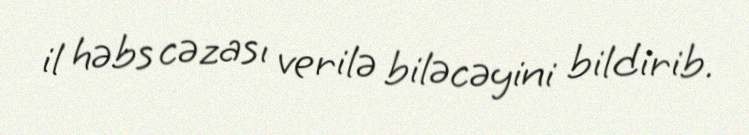
il həbs cəzası verilə biləcəyini bildirib.